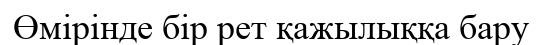
Өмірінде бір рет қажылыққа бару